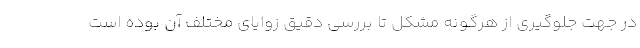
در جهت جلوگیری از هرگونه مشکل تا بررسی دقیق زوایای مختلف آن بوده است